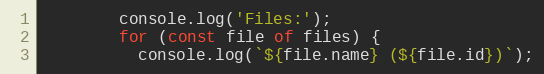
Language: JavaScript
        console.log('Files:');
        for (const file of files) {
          console.log(`${file.name} (${file.id})`);